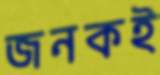
জনকই